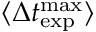
\langle \Delta t _ { \mathrm { e x p } } ^ { \mathrm { m a x } } \rangle